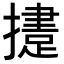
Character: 𢶝